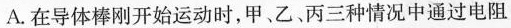
A.在导体棒刚开始运动时，甲、乙丙三种情况中通过电阻